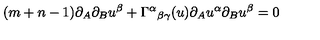
( m + n - 1 ) \partial _ { A } \partial _ { B } u ^ { \beta } + \Gamma ^ { \alpha } { } _ { \beta \gamma } ( u ) \partial _ { A } u ^ { \alpha } \partial _ { B } u ^ { \beta } = 0